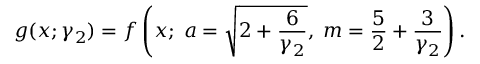
g ( x ; \gamma _ { 2 } ) = f \left( x ; \; a = { \sqrt { 2 + { \frac { 6 } { \gamma _ { 2 } } } } } , \; m = { \frac { 5 } { 2 } } + { \frac { 3 } { \gamma _ { 2 } } } \right) .